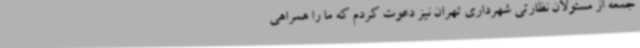
جمعه از مسئولان نظارتی شهرداری تهران نیز دعوت کردم که ما را همراهی